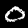
Digit: 0